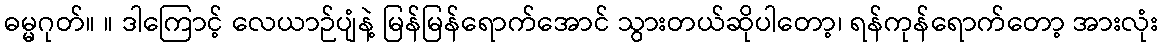
ဓမ္မဂုတ်။ ။ ဒါကြောင့် လေယာဉ်ပျံနဲ့ မြန်မြန်ရောက်အောင် သွားတယ်ဆိုပါတော့၊ ရန်ကုန်ရောက်တော့ အားလုံး